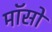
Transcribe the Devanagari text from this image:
मॉसों